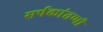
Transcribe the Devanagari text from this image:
सर्पकांतणी